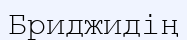
Бриджидің